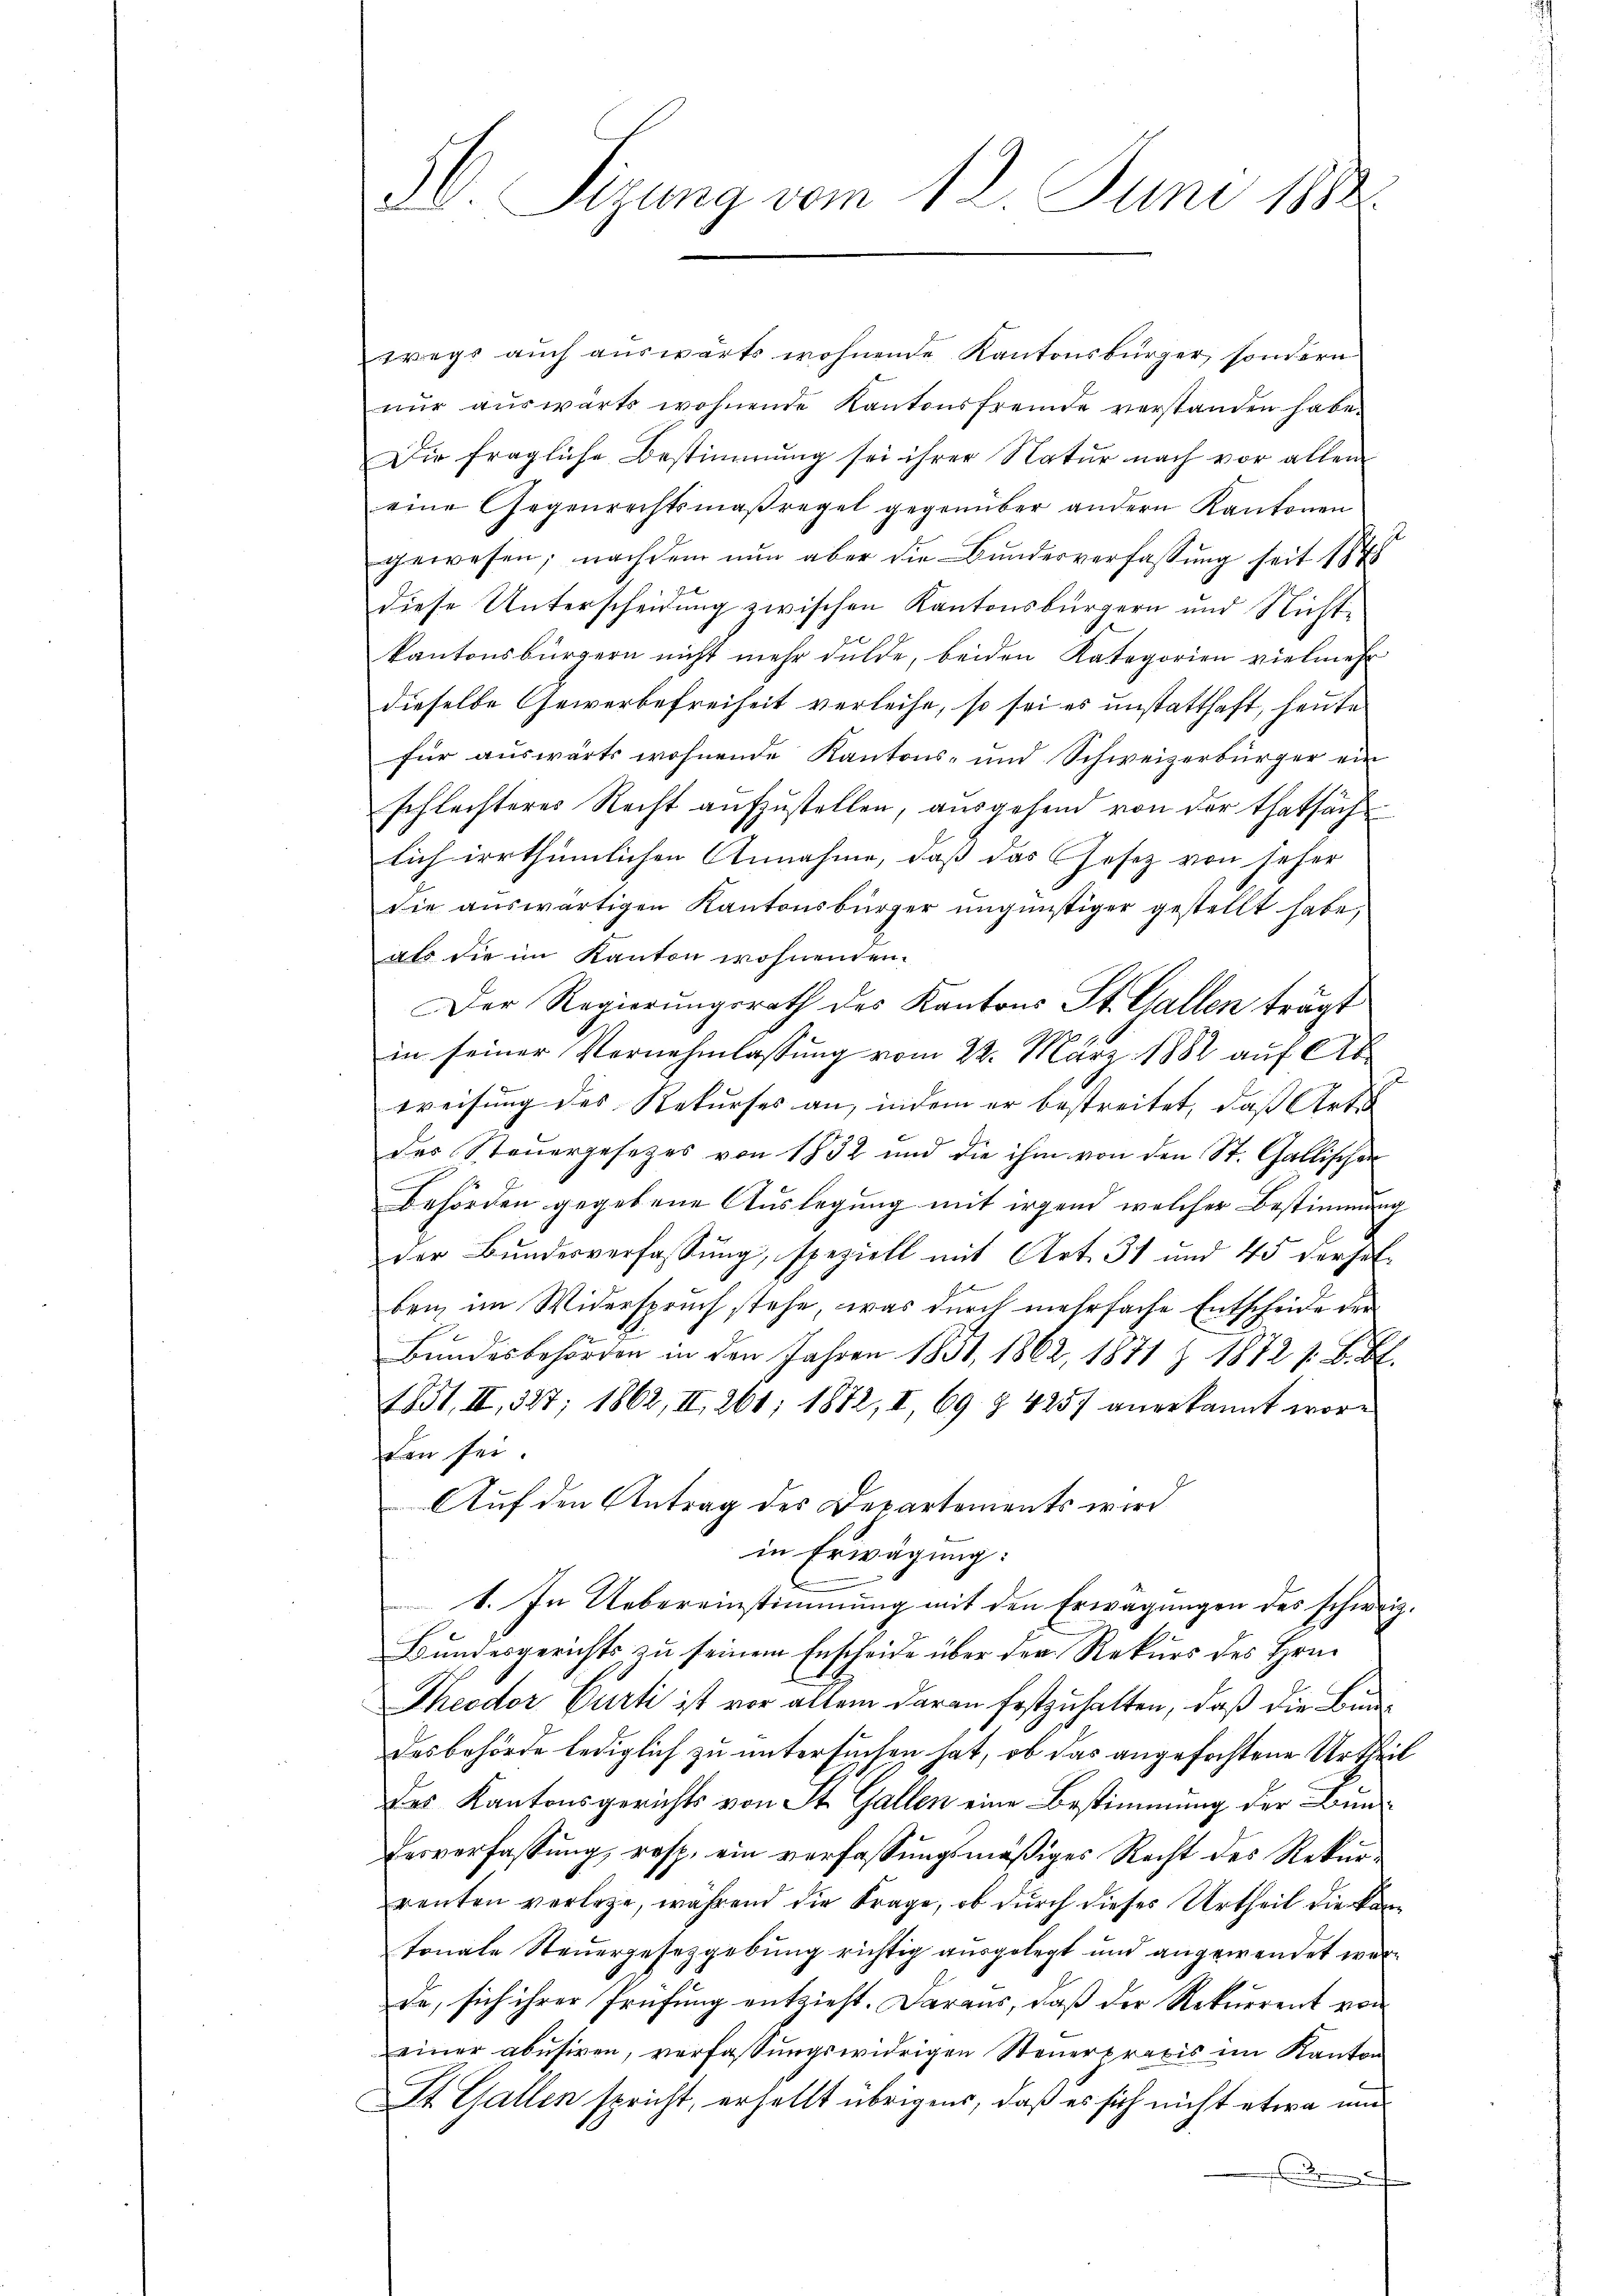
5. Sizung vom 12. Juni 1882

wegs auch auswärts wohnende Kantonsbürger, sondern
nur auswärts wohnende Kantonsfremde verstanden habe.
Die fragliche Bestimmung sei ihrer Natur nach vor allem
eine Gegenrechtsmaßregel gegenüber andern Kantonen
gewesen; nachdem nun aber die Bundesverfassung seit 1848
diese Unterscheidung zwischen Kantonsbürgern und Nichtkantonsbürgern nicht mehr dulde, beiden Kategorien vielmehr
dieselbe Gewerbefreiheit verleihe, so sei es unstatthaft, heute
für auswärts wohnende Kantons- und Schweizerbürger ein
schlechteres Recht aufzustellen, ausgehend von der thatsäch
lich irrthümlichen Annahme, daß das Gesetz von seher
die aŭswärtigen Kantonsbürger ŭngünstiger gestellt habe,
als die im Kanton wohnenden.
Der Regierungsrath des Kantons St. Gallen trägt
in seiner Vernehmlassung vom 22. März 1882 auf Ab-
weisung des Rekurses an, indem er bestreitet, daß Art
des Steuergesezes von 1832 und die ihm von den St. Gallischen
Behörden gegebene Auslegung mit irgend welcher Bestimmung
der Bundesverfassung, speziell mit Art. 31 und 45 dersel-
ben im Widerspruch stehe, was durch mehrfache Entscheide der
Bundesbehörden in den Jahren 1831, 1862, 1871 Z. 1872 s. B. H.
1831. II, 327; 1862, II 261; 1882, I, 69 § 4257 anerkannt wore
Lan sei
Auf den Antrag des Departements wird
in Erwägung:
t. In Uebereinstimmung mit den Erwägungen des schweiz.
Bundesgerichts zu seinem Erscheide über der Rekurs des Hrn.
Theodor Curti ist vor allem daran festzuhalten, daß die Bundesbehörde lediglich zu untersuchen hat, ob das angefochtene Urtheil
des Kantonsgerichts von St. Gallen eine Bestimmung der Bun¬
Eesverfassung, resp. ein verfassungsmäßiges Recht des Rekurrenten verlege, während die Frage, ob durch dieses Urtheil die kam
tonale Steuergesetzgebung richtig ausgelegt und angewendet werda, sich ihrer Prüfung entzieht. Daraus, daß der Rekurrent von
einer abŭsiren, verfassŭngswidrigen Steŭerpraxis im Kanton
St. Gallen spricht, erhellt übrigens, daß es sich nicht etwa un